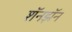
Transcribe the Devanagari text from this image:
शॅनझॅन